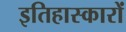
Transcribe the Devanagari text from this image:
इतिहास्कारों